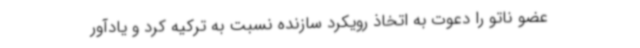
عضو ناتو را دعوت به اتخاذ رویکرد سازنده نسبت به ترکیه کرد و یادآور